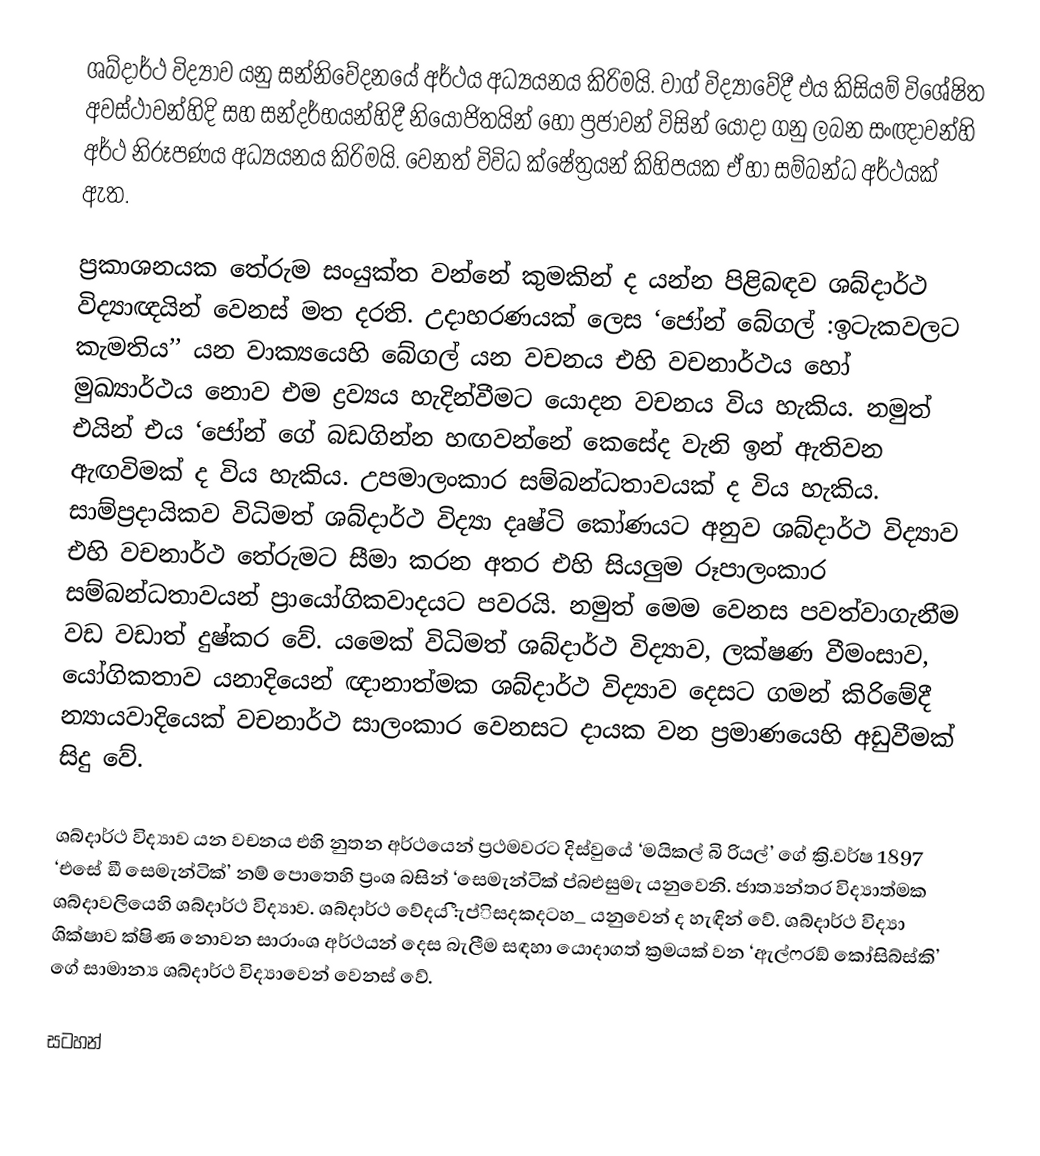
ශබ්දාර්ථ විද්‍යාව යනු සන්නිවේදනයේ අර්ථය අධ්‍යයනය කිරිමයි. වාග් විද්‍යාවේදී එය කිසියම් විශේෂිත අවස්ථාවන්හිදි සහ සන්දර්භයන්හිදී නියෝජිතයින් හෝ ප්‍රජාවන් විසින් යොදා ගනු ලබන සංඥාවන්හි අර්ථ නිරූපණය අධ්‍යයනය කිරිමයි. වෙනත් විවිධ ක්ෂේත්‍රයන් කිහිපයක ඒ හා සම්බන්ධ අර්ථයක් ඇත.

ප්‍රකාශනයක තේරුම සංයුක්ත වන්නේ කුමකින් ද යන්න පිළිබඳව ශබ්දාර්ථ විද්‍යාඥයින් වෙනස් මත දරති. උදාහරණයක් ලෙස ‘ජෝන් බේගල් :ඉටැකවලට කැමතිය’’ යන වාක්‍යයෙහි බේගල් යන වචනය එහි වචනාර්ථය හෝ මුඛ්‍යාර්ථය නොව එම ද්‍රව්‍යය හැදින්වීමට යොදන වචනය විය හැකිය. නමුත් එයින් එය ‘ජෝන් ගේ බඩගින්න හඟවන්නේ කෙසේද වැනි ඉන් ඇතිවන ඇඟවිමක් ද විය හැකිය. උපමාලංකාර සම්බන්ධතාවයක් ද විය හැකිය. සාම්ප්‍රදායිකව විධිමත් ශබ්දාර්ථ විද්‍යා දෘෂ්ටි කෝණයට අනුව ශබ්දාර්ථ විද්‍යාව එහි වචනාර්ථ තේරුමට සීමා කරන අතර එහි සියලුම රූපාලංකාර සම්බන්ධතාවයන් ප්‍රායෝගිකවාදයට පවරයි. නමුත් මෙම වෙනස පවත්වාගැනීම වඩ වඩාත් දුෂ්කර වේ. යමෙක් විධිමත් ශබ්දාර්ථ විද්‍යාව, ලක්ෂණ වීමංසාව, යෝගිකතාව යනාදියෙන් ඥානාත්මක ශබ්දාර්ථ විද්‍යාව දෙසට ගමන් කිරිමේදී න්‍යායවාදියෙක් වචනාර්ථ සාලංකාර වෙනසට දායක වන ප්‍රමාණයෙහි අඩුවීමක් සිදු වේ.

ශබ්දාර්ථ විද්‍යාව යන වචනය එහි නුතන අර්ථයෙන් ප්‍රථමවරට දිස්වුයේ ‘මයිකල් බි‍ රියල්’ ගේ ක්‍රි.වර්ෂ 1897 ‘එසේ ඞී සෙමැන්ටික්’ නම් පොතෙහි ප්‍රංශ බසින් ‘සෙමැන්ටික් ප්බඑසුමැ යනුවෙනි. ජාත්‍යන්තර විද්‍යාත්මක ශබ්දාවලියෙහි ශබ්දාර්ථ විද්‍යාව. ශබ්දාර්ථ වේදය :ීැප්ිසදකදටහ_ යනුවෙන් ද හැඳින් වේ. ශබ්දාර්ථ විද්‍යා ශික්ෂාව ක්ෂිණ නොවන සාරාංශ අර්ථයන් දෙස බැලීම සඳහා යොදාගත් ක්‍රමයක් වන ‘ඇල්ෆ‍්‍රඞ් කෝසිබ්ස්කි’ ගේ සාමාන්‍ය ශබ්දාර්ථ විද්‍යාවෙන් වෙනස් වේ.

සටහන්